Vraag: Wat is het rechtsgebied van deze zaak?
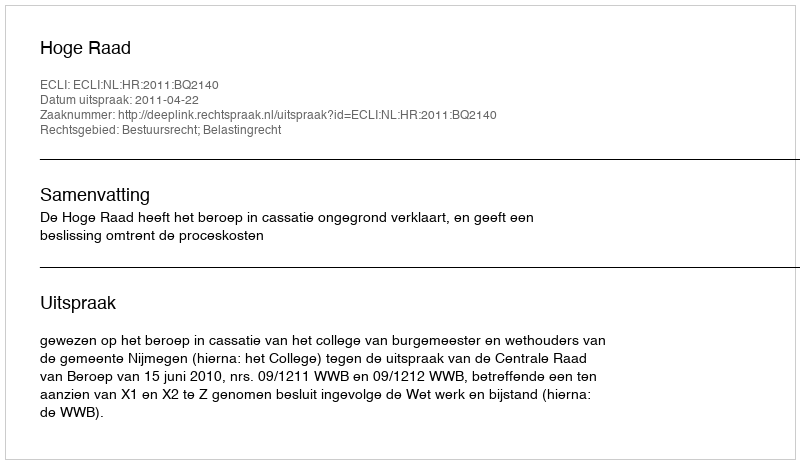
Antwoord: Bestuursrecht; Belastingrecht